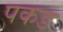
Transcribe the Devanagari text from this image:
पकड